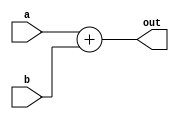
module add(
    input [31:0] a, b,
    output [31:0] out
    );

assign out = a + b;
endmodule